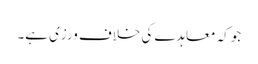
جو کہ معاہدے کی خلاف ورزی ہے۔